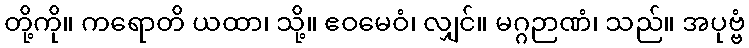
တို့ကို။ ကရောတိ ယထာ၊ သို့။ ဧဝမေဝံ၊ လျှင်။ မဂ္ဂဉာဏံ၊ သည်။ အပုဗ္ဗံ